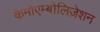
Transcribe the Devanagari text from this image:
केमोएम्बोलिज़ेशन